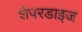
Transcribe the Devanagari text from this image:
शेपरडाइज